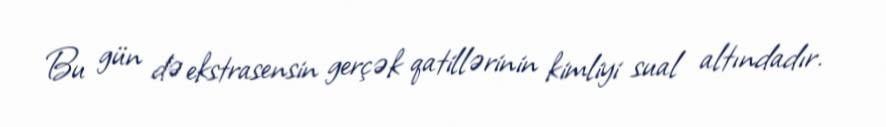
Bu gün də ekstrasensin gerçək qatillərinin kimliyi sual altındadır.